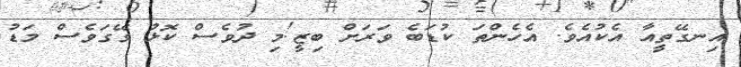
އިނގޭތީއާ އެކުއެވެ. އެހެންތަ ކުޑަބެ ވަރަށް ބިޒީ!މި ދުވެސް ކޮޅު ގޭގަވެސް މަޑު